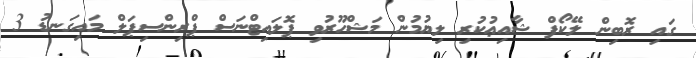
ގައި ރޮބިން ލޭކޯފް ޝާއިޢުކުރި ލިޔުމުން މަޝްހޫރުވި ޕޮލައިޓްނަސް ޕްރިންސިޕަލް މައިގަނޑު 3